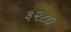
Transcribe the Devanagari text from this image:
३२८०